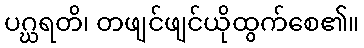
ပဂ္ဃရတိ၊ တဖျင်ဖျင်ယိုထွက်စေ၏။